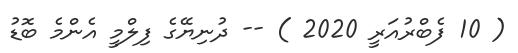
( 10 ފެބްރުއަރީ 2020 ) -- ދުނިޔޭގެ ފިލްމީ އެންމެ ބޮޑު